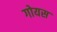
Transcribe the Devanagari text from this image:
गोयस